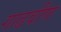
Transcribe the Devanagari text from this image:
गाढवीण